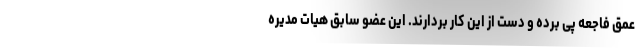
عمق فاجعه پی برده و دست از این کار بردارند. این عضو سابق هیات مدیره